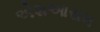
એશઆરામ